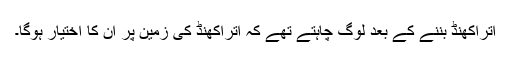
اتراکھنڈ بننے کے بعد لوگ چاہتے تھے کہ اتراکھنڈ کی زمین پر ان کا اختیار ہوگا۔